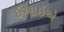
ઈઆઇએ